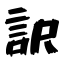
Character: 訳